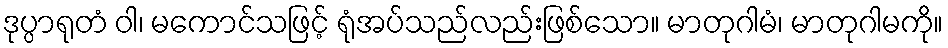
ဒုပ္ပာရုတံ ဝါ၊ မကောင်သဖြင့် ရုံအပ်သည်လည်းဖြစ်သော။ မာတုဂါမံ၊ မာတုဂါမကို။